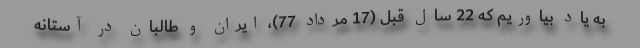
به یاد بیاوریم که 22 سال قبل (17 مرداد 77)، ایران و طالبان در آستانه